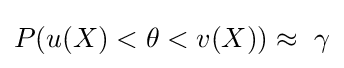
P(u(X)<\theta <v(X))\approx \ \gamma